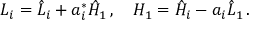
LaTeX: L _ { i } = \hat { L } _ { i } + a _ { i } ^ { * } \hat { H } _ { 1 } \, , \quad H _ { 1 } = \hat { H } _ { i } - a _ { i } \hat { L } _ { 1 } \, .